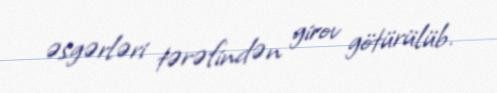
əsgərləri tərəfindən girov götürülüb.